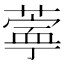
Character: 𬞊